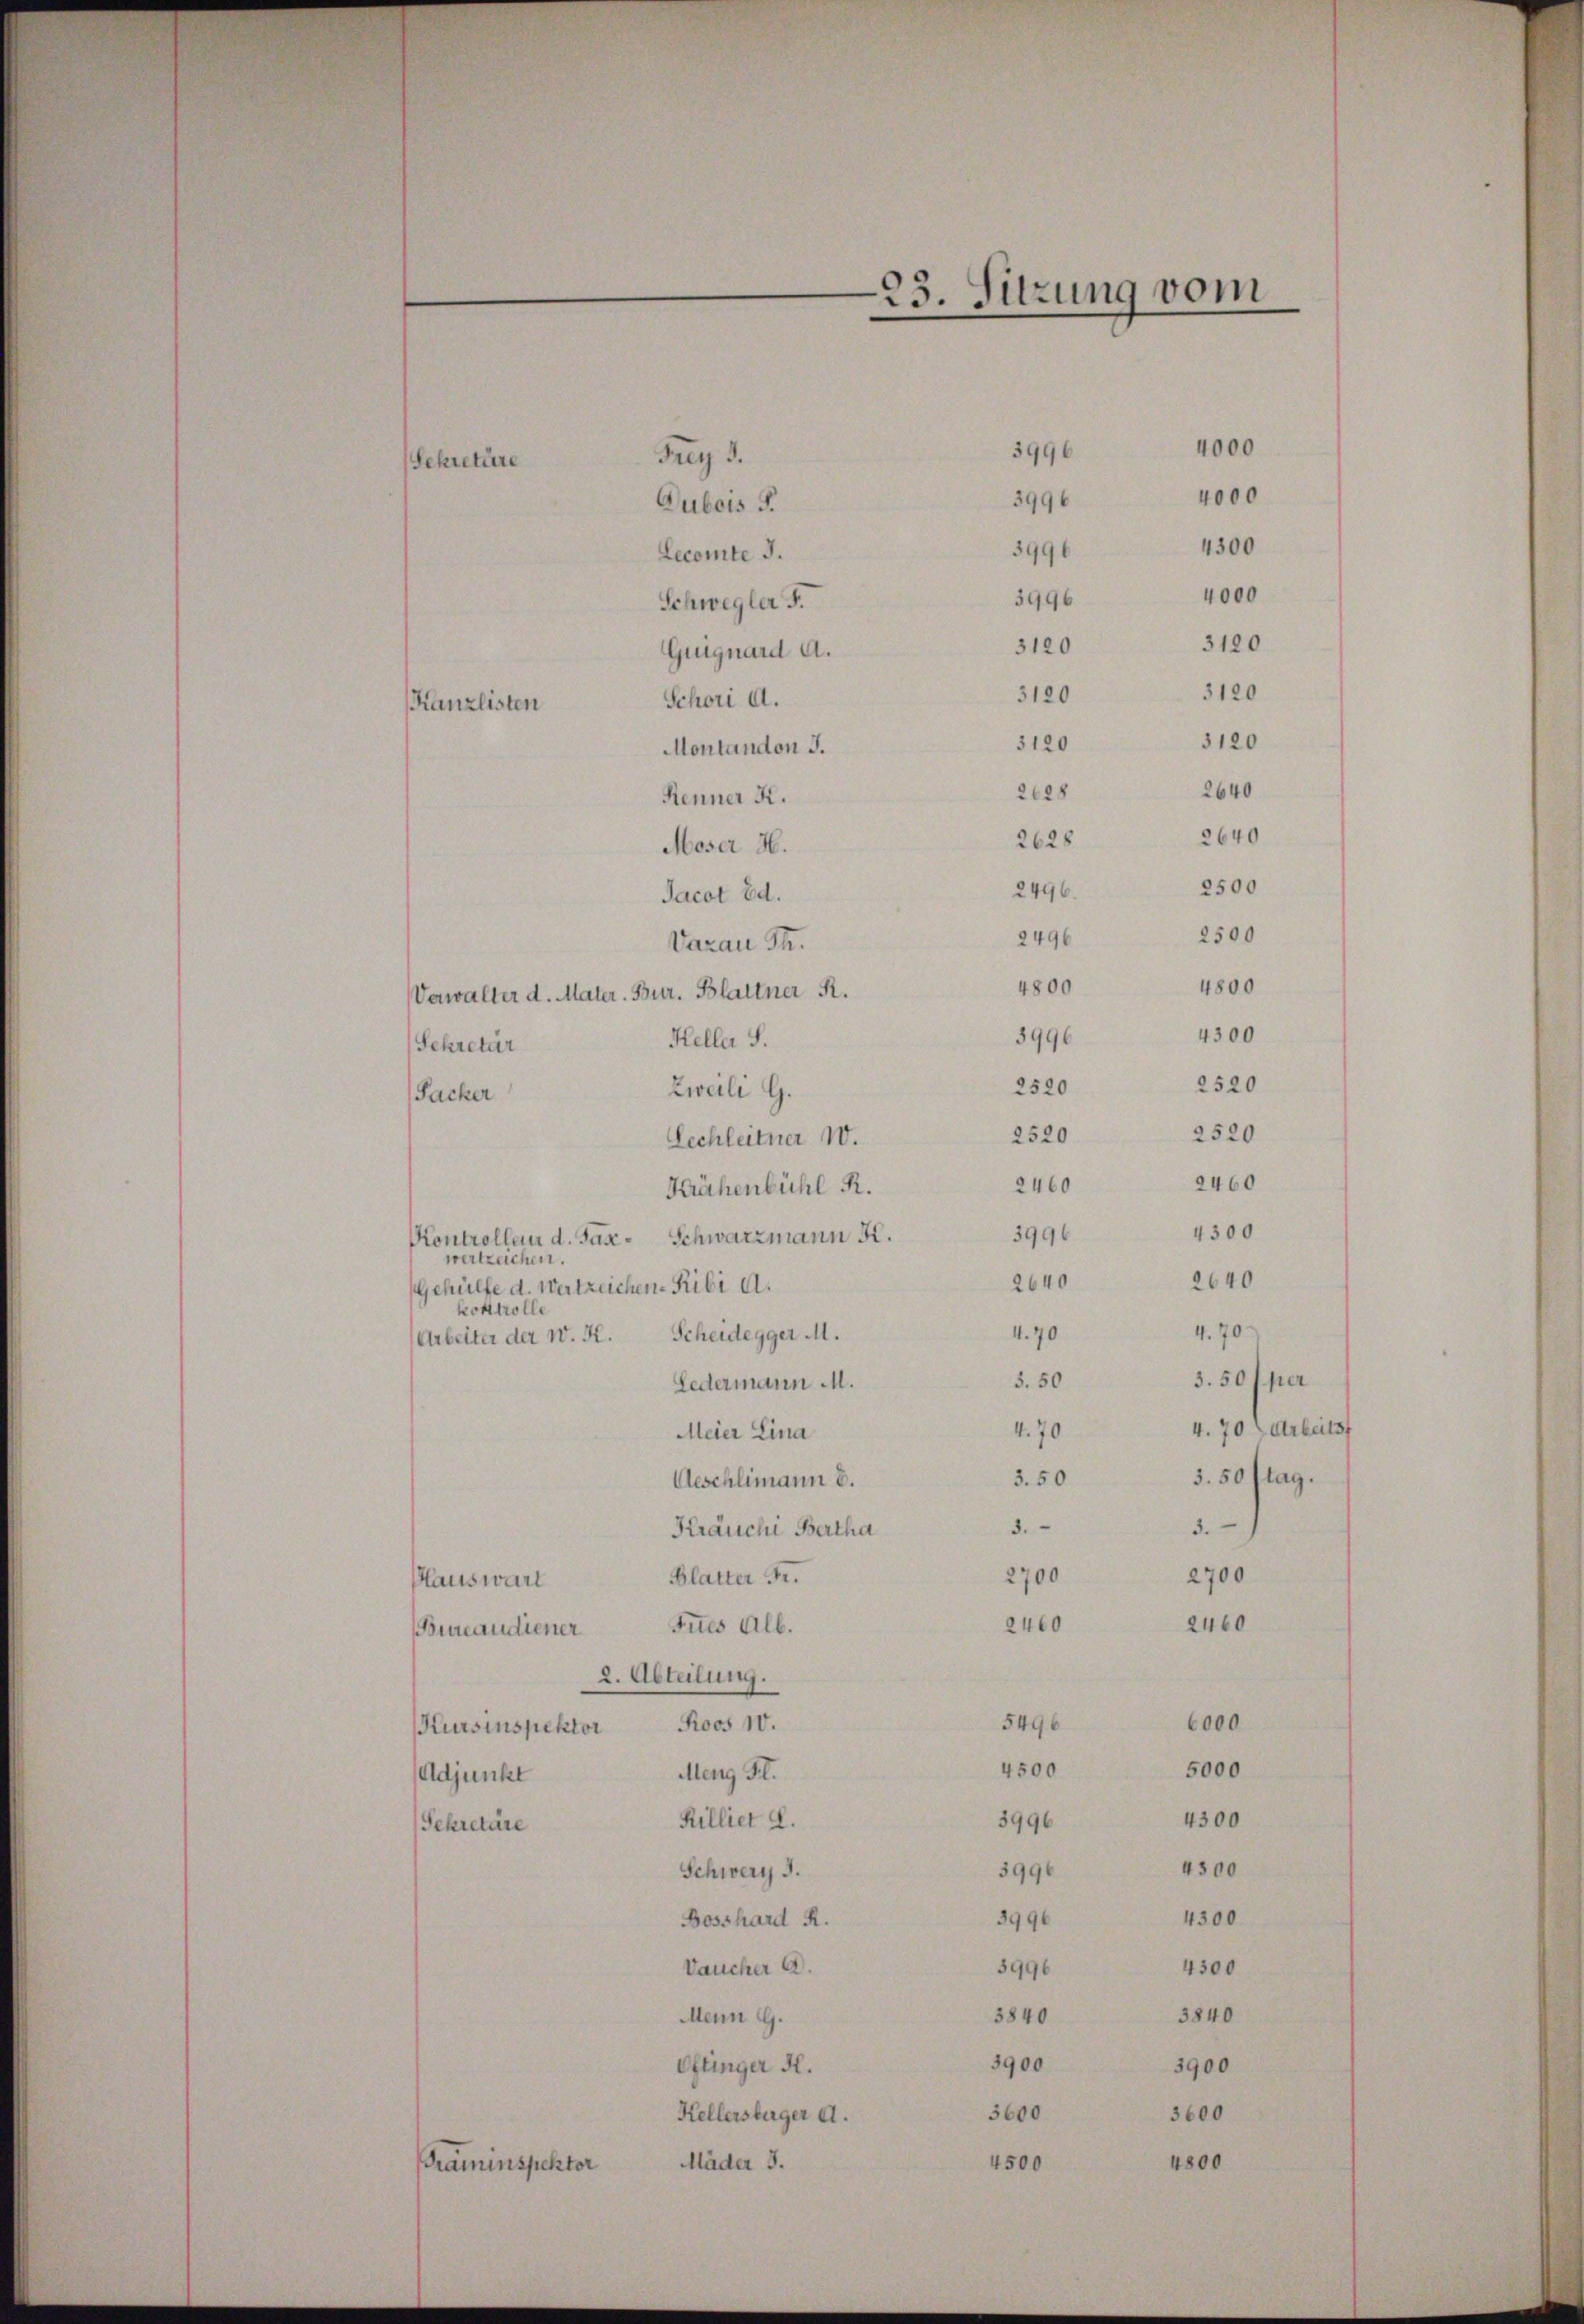
e
23. Sitzung vom

3996
Frey 3.
Sekretäre
3996
Dubois S.
3996
Lecemte J.
4000
3996
Schwegler F.
3100
3120
Gruguard A.
3120
3120
Schori d.
Kanzlisten
3120
5120
Montandon J.
2640
2628
Renner K.
2640
2628
Moser 36.
2500
2496
Jacot Ed.
2500
2496
Aarau St.
4800
4800
Verwalter d. Mater. Bur. Blattner R.
4300
3996
Kelle S.
Sekretar
2520
2520
Zweili G.
Packer
2520
2520
Lechleitner 10.
2460
2460
Krähenbühl R.
4300
3996
Schwarzmann u.
Kontrollen d. Jan.
wertzeichen.
2640
2640
Gehülfe d. Wertzeichen-Ribi d.
¬
kontrolle
4. 70
4.70
Arbeiter der W. K. Scheidegger M.
3. 50 per
5.50
Ledermann M.
4. 70
Meier Lina
5. 50 ftag.
3.50
Aeschlimann u.
3.
3.
Kräuchi Bertha
2700
2700
Blatter Fr.
Hauswärt
2460
2460
Fines Alb.
Bureaudiener
2. Abteilung.
6000
5496
Roos 10.
Kursinspektor
5000
4500
Meng H.
Adjunkt
4300
Rilliet L.
3996
Sekretäre
4300
3996
Schwerz d.
4300
3996
Bosshard R.
5996
4300
Vaucher A.
3840
3840
Mein G.
3900
3900
Oflinger H.
3600
3600
Kellersburger d.
Mäder 3.
4800
4500
Schraminspektor

4000
4000
4300

4. 70 Arbeitss